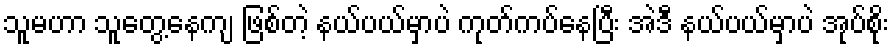
သူမဟာ သူတွေ့နေကျ ဖြစ်တဲ့ နယ်ပယ်မှာပဲ ကုတ်ကပ်နေပြီး အဲဒီ နယ်ပယ်မှာပဲ အုပ်စိုး